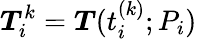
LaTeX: \boldsymbol{T}_{i}^{k}=\boldsymbol{T}(t_{i}^{(k)};P_{i})